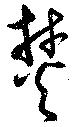
焚